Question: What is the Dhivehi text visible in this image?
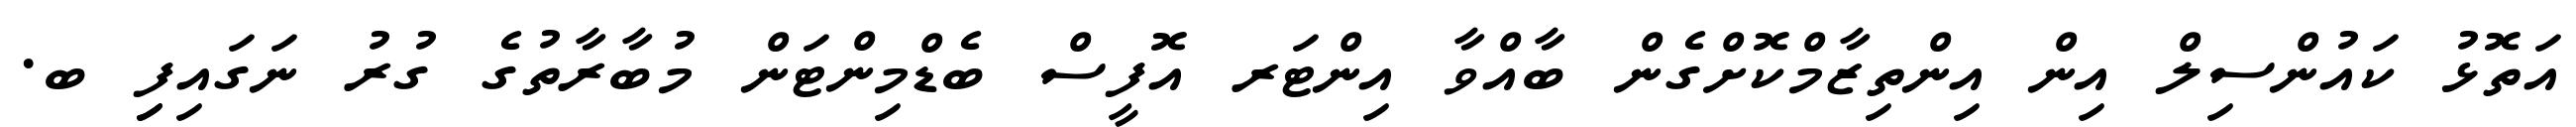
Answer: އަތޮޅު ކައުންސިލް އިން އިންތިޒާމްކޮށްގެން ބާއްވާ އިންޓަރ އޮފީސް ބެޑްމިންޓަން މުބާރާތުގެ ގުރު ނަގައިފިި ބ.